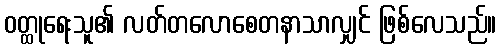
ဝတ္ထုရေးသူ၏ လတ်တလောစေတနာသာလျှင် ဖြစ်လေသည်။